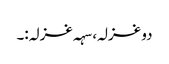
دو غزلہ، سہہ غزلہ:۔